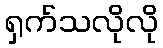
ရှက်သလိုလို